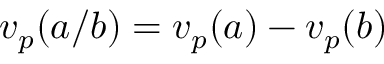
v _ { p } ( a / b ) = v _ { p } ( a ) - v _ { p } ( b )